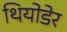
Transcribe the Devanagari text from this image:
थियोडेर